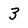
Character: 3